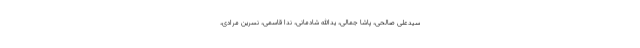
سیدعلی صالحی، پاشا جمالی، یدالله شادمانی، ندا قاسمی، نسرین مرادی،